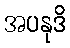
အပနုဒိ